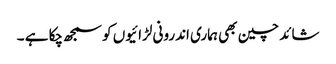
شائد چین بھی ہماری اندرونی لڑائیوں کو سمجھ چکا ہے ۔